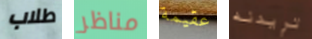
طلاب مناظر عقيمة تريدنه